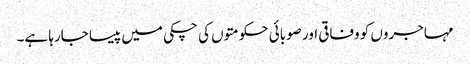
مہاجروں کو وفاقی اور صوبائی حکومتوں کی چکی میں پیسا جارہا ہے۔